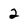
Character: 2